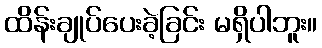
ထိန်းချုပ်ပေးခဲ့ခြင်း မရှိပါဘူး။